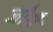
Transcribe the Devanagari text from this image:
जौधै